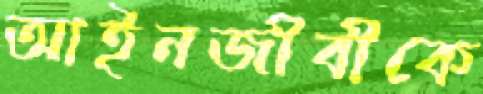
আইনজীবীকে